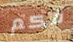
فكم